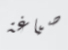
صياغة